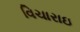
વિચારાઇ